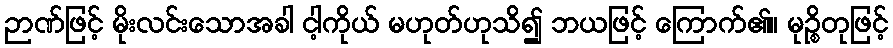
ဉာဏ်ဖြင့် မိုးလင်းသောအခါ ငါ့ကိုယ် မဟုတ်ဟုသိ၍ ဘယဖြင့် ကြောက်၏။ မုဉ္စိတုဖြင့်